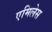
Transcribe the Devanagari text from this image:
एमिलेस